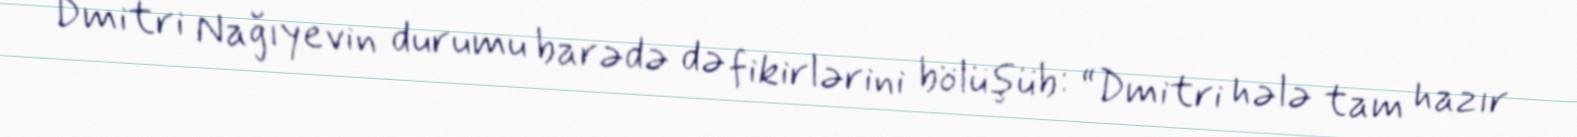
Dmitri Nağıyevin durumu barədə də fikirlərini bölüşüb: “Dmitri hələ tam hazır